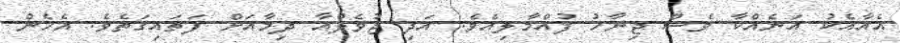
އެއާއެކު އަނެއްކާ ވެސް ޖިނާހު ފުއްމާލިއެވެ. އަދި ޖުވެލްއާ ދިމާއަށް ފަތައިގަތެވެ. އެހެން